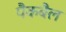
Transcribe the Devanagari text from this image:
पैकबैल